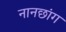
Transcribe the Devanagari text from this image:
नानछांग